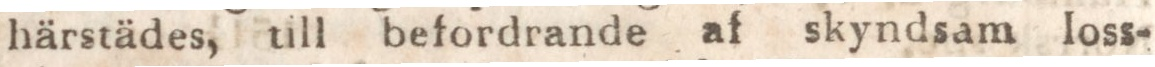
härstädes, till befordrande af skyndsam loss-